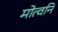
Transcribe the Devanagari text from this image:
मोत्वनि